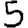
Digit: 5